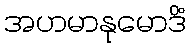
အဟမာနုမောဒိံ